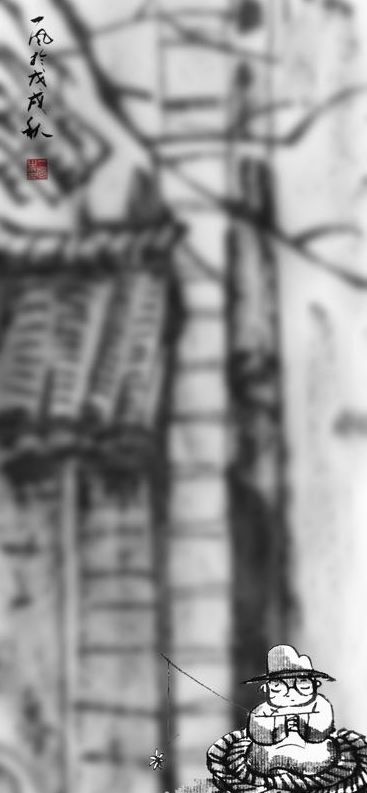
梅定妒，菊应羞。画阑开处冠中秋。